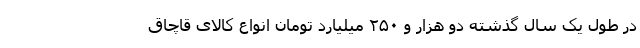
در طول یک سال گذشته دو هزار و ۲۵۰ میلیارد تومان انواع کالای قاچاق